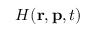
{ \cal H } ( \mathbf { r } , \mathbf { p } , t )